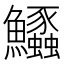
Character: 𱇊